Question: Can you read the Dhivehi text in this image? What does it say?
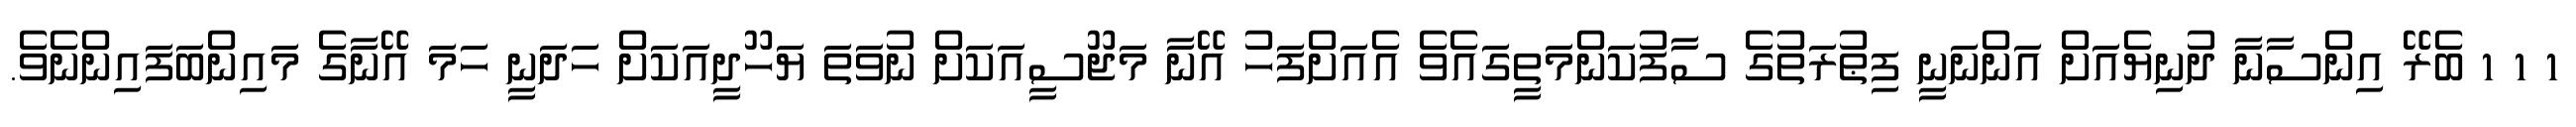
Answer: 1 1 1 ބެރޭ އިންސާނާ ދުނިޔެއަށް އަންނަނީ ފިޠުރަތުގެ ސާފުކަންމަތީގައެވެ އެއަށްފަހު އޭނާ މަޖޫސީއަކަށް ނުވަތަ ޔަހޫދީއަކަށް ހަދަނީ ހަމަ އޭނާގެ މައިންބަފައިންނެވެ.